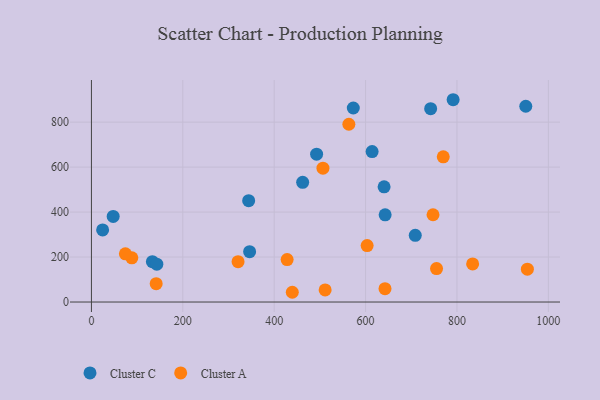
{"axis": {"x": "Study Hours", "y": "Salary"}, "legend": ["Cluster A", "Cluster C"], "data": [{"x": "346.2", "y": 223.9, "type": "Cluster C"}, {"x": "24.5", "y": 320.9, "type": "Cluster C"}, {"x": "640.5", "y": 512.5, "type": "Cluster C"}, {"x": "492.8", "y": 657.7, "type": "Cluster C"}, {"x": "791.6", "y": 899.7, "type": "Cluster C"}, {"x": "344.1", "y": 450.9, "type": "Cluster C"}, {"x": "573.1", "y": 862.9, "type": "Cluster C"}, {"x": "133.4", "y": 179.6, "type": "Cluster C"}, {"x": "642.8", "y": 387.7, "type": "Cluster C"}, {"x": "143.1", "y": 168.4, "type": "Cluster C"}, {"x": "47.6", "y": 380.5, "type": "Cluster C"}, {"x": "742.4", "y": 860.0, "type": "Cluster C"}, {"x": "614.3", "y": 669.3, "type": "Cluster C"}, {"x": "462.3", "y": 532.3, "type": "Cluster C"}, {"x": "950.6", "y": 870.6, "type": "Cluster C"}, {"x": "708.7", "y": 296.6, "type": "Cluster C"}, {"x": "755.3", "y": 148.6, "type": "Cluster A"}, {"x": "88.4", "y": 196.4, "type": "Cluster A"}, {"x": "747.6", "y": 388.2, "type": "Cluster A"}, {"x": "506.7", "y": 595.1, "type": "Cluster A"}, {"x": "320.9", "y": 179.6, "type": "Cluster A"}, {"x": "642.5", "y": 59.6, "type": "Cluster A"}, {"x": "770.0", "y": 645.9, "type": "Cluster A"}, {"x": "563.4", "y": 790.7, "type": "Cluster A"}, {"x": "954.1", "y": 146.3, "type": "Cluster A"}, {"x": "439.6", "y": 43.4, "type": "Cluster A"}, {"x": "74.3", "y": 214.2, "type": "Cluster A"}, {"x": "603.4", "y": 251.3, "type": "Cluster A"}, {"x": "834.3", "y": 169.6, "type": "Cluster A"}, {"x": "428.3", "y": 188.9, "type": "Cluster A"}, {"x": "511.5", "y": 53.7, "type": "Cluster A"}, {"x": "141.7", "y": 81.6, "type": "Cluster A"}]}